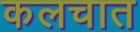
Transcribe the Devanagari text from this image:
कलचात